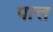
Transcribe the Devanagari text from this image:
पात्त